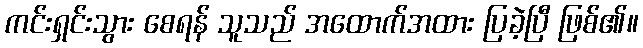
ကင်းရှင်းသွား စေရန် သူသည် အထောက်အထား ပြခဲ့ပြီ ဖြစ်၏။